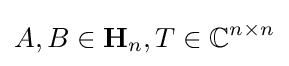
A,B\in \mathbf {H} _{n},T\in \mathbb {C} ^{n\times n}